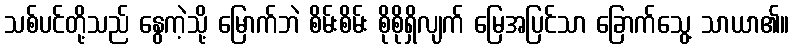
သစ်ပင်တို့သည် နွေကဲ့သို့ မြောက်ဘဲ စိမ်းစိမ်း စိုစိုရှိလျက် မြေအပြင်သာ ခြောက်သွေ့ သာယာ၏။